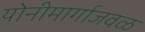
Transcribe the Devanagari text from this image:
योनीमार्गाजवळ